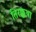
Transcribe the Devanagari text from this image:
तिरक्कथा